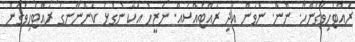
ރައްޓެހިވެގެންހޭ. ނޫން. ނުވަން އަދި ރައްޓެއްސެއް. ނަޒީހު އަކާ ނުގުޅެ ކަންނޭނގެ ރައްޓެހިވެގެން